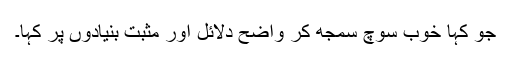
جو کہا خوب سوچ سمجھ کر واضح دلائل اور مثبت بنیادوں پر کہا۔